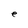
Character: e